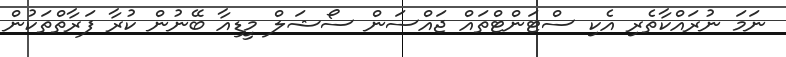
ނަމަ ނުރައްކާތެރި އެކި ސްޓަންޓްތައް ޖައްސަން ސޯޝަލް މީޑިއާ ބޭނުން ކުރާ ފަރާތްތަކުން